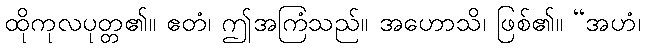
ထိုကုလပုတ္တ၏။ ဧတံ၊ ဤအကြံသည်။ အဟောသိ၊ ဖြစ်၏။ “အဟံ၊